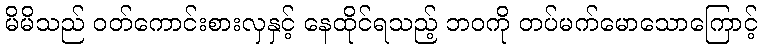
မိမိသည် ဝတ်ကောင်းစားလှနှင့် နေထိုင်ရသည့် ဘဝကို တပ်မက်မောသောကြောင့်